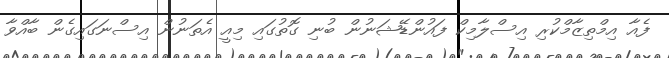
ފެއާ އިމްތިޒާމްކުރި އިސްލާމިކް ފައުންޑޭޝަނުން ބުނި ގޮތުގައި މިއީ އެތަނުން އިސްނަގައިގެން ބާއްވާ